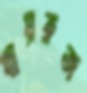
খায়রুজ